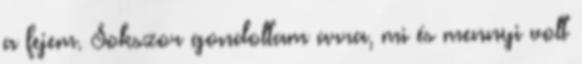
a fejem. Sokszor gondoltam arra, mi és mennyi volt